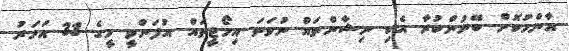
އާންމުކޮށް ބޭނުންކުރާ އެކި ނިޝާންތައް ނުވަތަ އިމޯޖީތައް އުފަންވީ މީގެ 33 އަހަރު